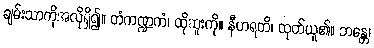
ချမ်းသာကိုအလိုရှိ၍။ တံကဏ္ဍကံ၊ ထိုဆူးကို။ နီဟရတိ၊ ထုတ်ယူ၏။ ဘန္တေ၊